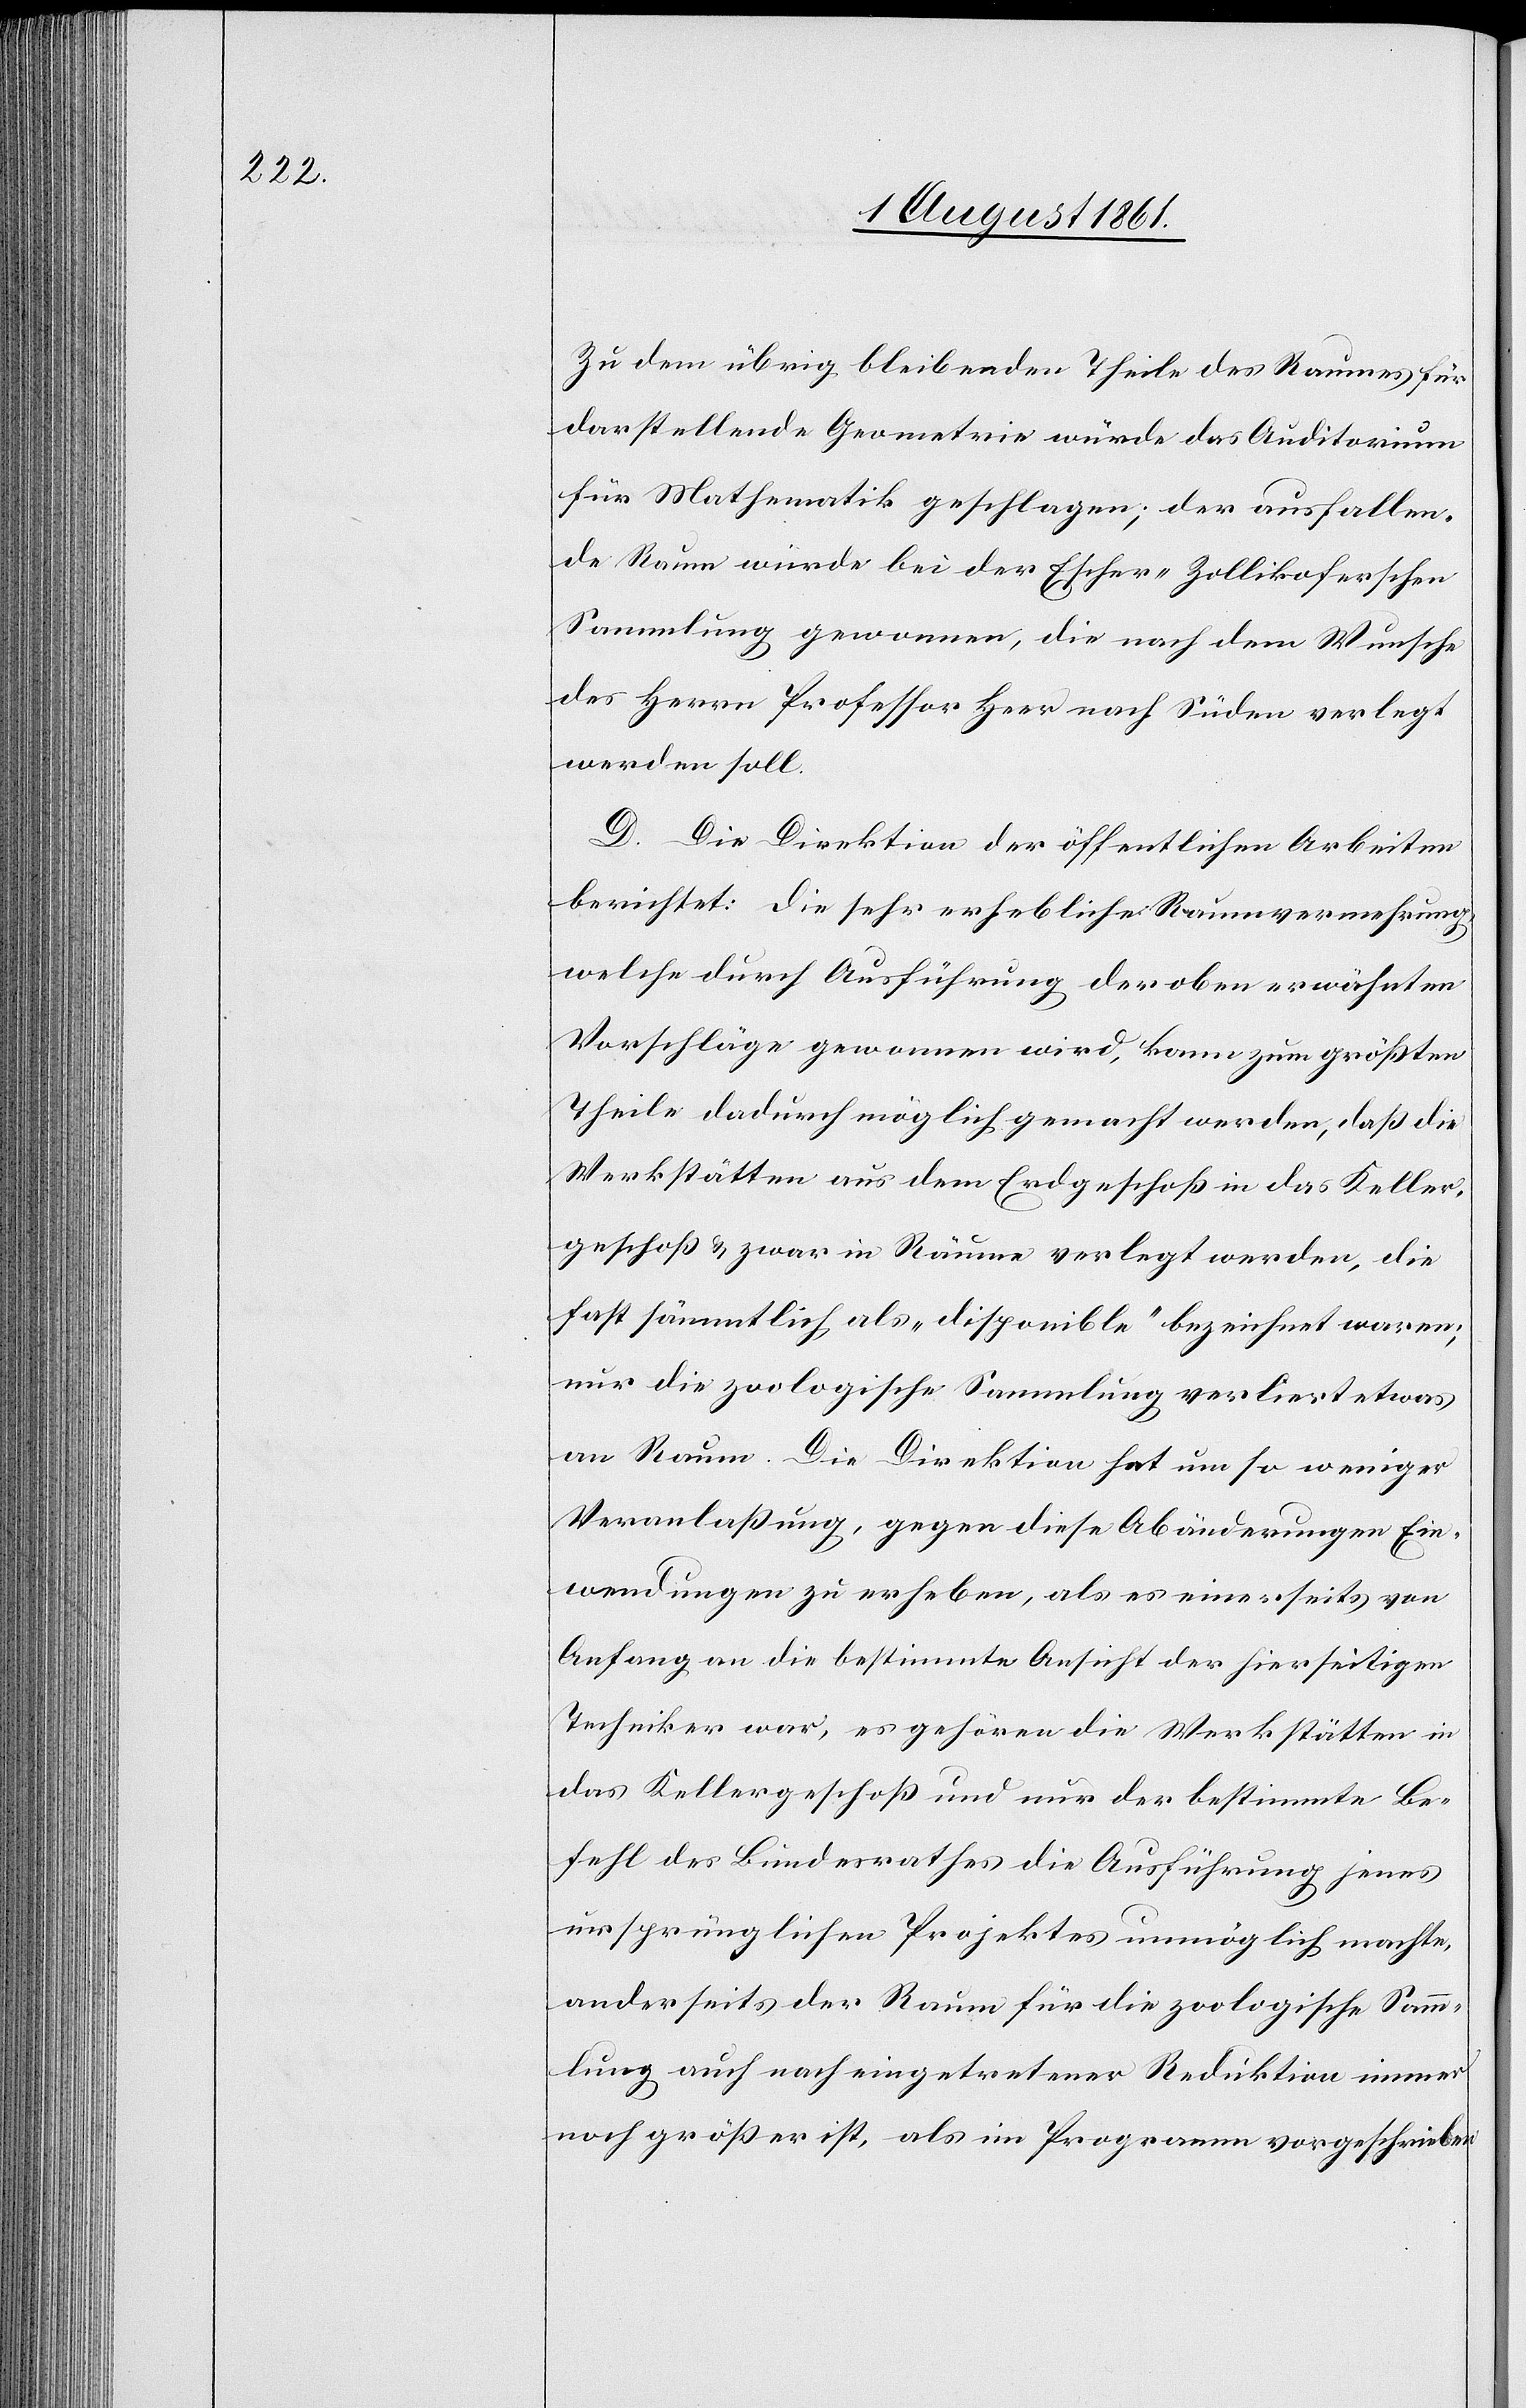
Zu dem übrig bleibenden Theile des Raumes für
darstellende Geometrie würde das Auditorium
für Mathematik geschlagen; der ausfallen¬
de Raum würde bei der Escher-Zollikoferschen
Sammlung gewonnen, die nach dem Wunsche
des Herrn Professor Heer nach Süden verlegt
werden soll.
D. Die Direktion der öffentlichen Arbeiten
berichtet: die sehr erhebliche Raumvermehrung
welche durch Ausführung der oben erwähnten
Vorschläge gewonnen wird, kann zum größten
Theile dadurch möglich gemacht werden, daß die
Werkstätten aus dem Erdgeschoß in das Keller¬
geschoß u. zwar in Räume verlegt werden, die
fast sämmtlich, als „disponible“ bezeichnet waren;
nur die zoologische Sammlung verliert etwas
an Raum. Die Direktion hat um so weniger
Veranlaßung, gegen diese Abänderungen Ein¬
wendungen zu erheben, als es einerseits von
Anfang an die bestimmte Ansicht der hierseitigen
Techniker war, es gehören die Werkstätten in
das Kellergeschoß und nur der bestimmte Be¬
fehl des Bundesrathes die Ausführung jenes
ursprünglichen Projektes unmöglich machte,
anderseits der Raum für die zoologische Samm¬
lung auch nach eingetretener Reduktion immer
noch größer ist, als im Programm vorgeschrieben